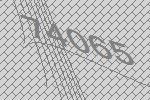
74065